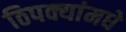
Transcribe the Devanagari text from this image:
ठिपक्यांमधे